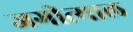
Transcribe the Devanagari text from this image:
जगीत्याल